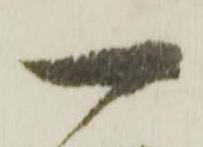
一